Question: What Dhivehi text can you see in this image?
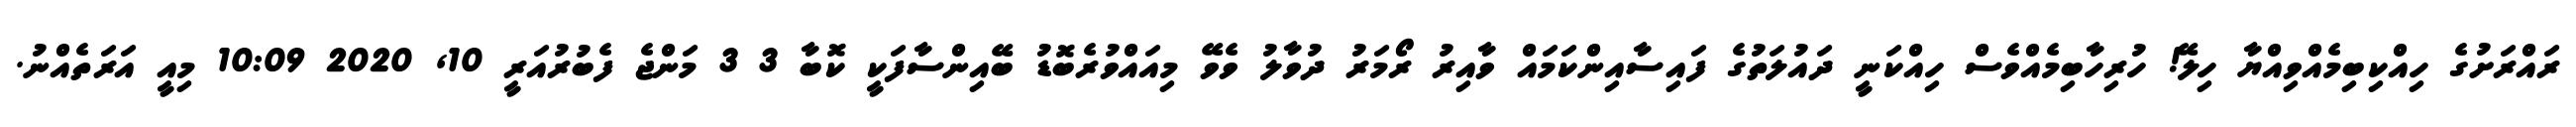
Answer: ރައްރަށުގެ ހިއްކިބިމެއްވިއްޔާ ހިލޭ! ހުރިހާބިމެއްވެސް ހިއްކަނީ ދައުލަތުގެ ފައިސާއިންކަމައް ވާއިރު ރޯމަރު ދުވާލު ވެވޭ މިއައްވުރެބޮޑު ބޭއިންސާފަކީ ކޮބާ 3 3 މަންޖެ ފެބުރުއަރީ 10, 2020 10:09 މިއީ އަރަތެއްނު.